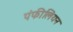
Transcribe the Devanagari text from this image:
पंफीलियन